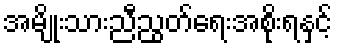
အမျိုးသားညီညွတ်ရေးအစိုးရနှင့်